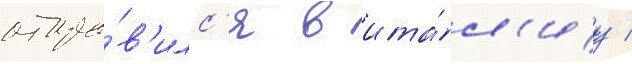
отпра́в'илс'я в ита́л'иу /